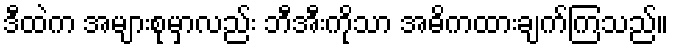
ဒီထဲက အများစုမှာလည်း ဘီအီးကိုသာ အဓိကထားချက်ကြသည်။